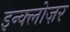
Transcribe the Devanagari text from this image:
इन्क्लोज़र